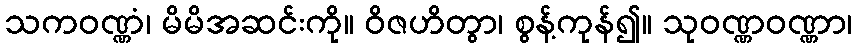
သကဝဏ္ဏံ၊ မိမိအဆင်းကို။ ဝိဇဟိတွာ၊ စွန့်ကုန်၍။ သုဝဏ္ဏဝဏ္ဏာ၊